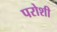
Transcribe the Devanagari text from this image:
परोशी